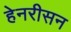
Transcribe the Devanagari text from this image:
हेनरीसन